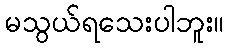
မသွယ်ရသေးပါဘူး။